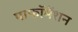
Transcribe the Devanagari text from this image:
पाफॉमेंशन